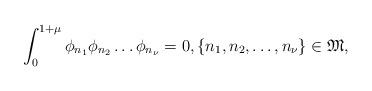
LaTeX: \begin{align*}\int_0^{1+\mu }\phi_{n_1}\phi_{n_2}\ldots \phi_{n_\nu}=0, \{n_1, n_2, \ldots, n_\nu\}\in {\mathfrak M},\end{align*}